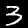
Digit: 3